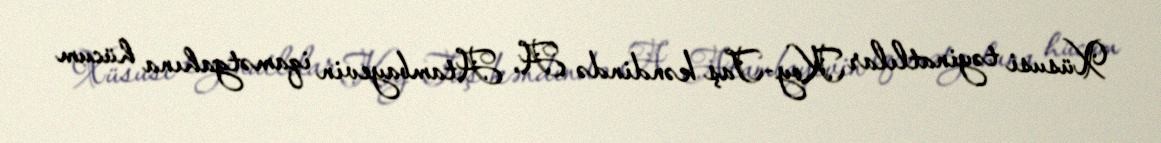
Xüsusi təyinatlılar Koy-Taş kəndində A. Atambayevin iqamətgahına hücum